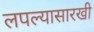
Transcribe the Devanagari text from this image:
लपल्यासारखी